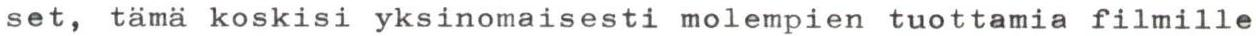
set, tämä koskisi yksinomaisesti molempien tuottamia filmille